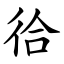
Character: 㣛